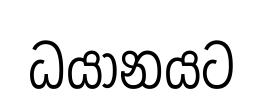
ධයානයට